Vaccination in Bombay 1856-1862 - 1856-1862
Year: 1856
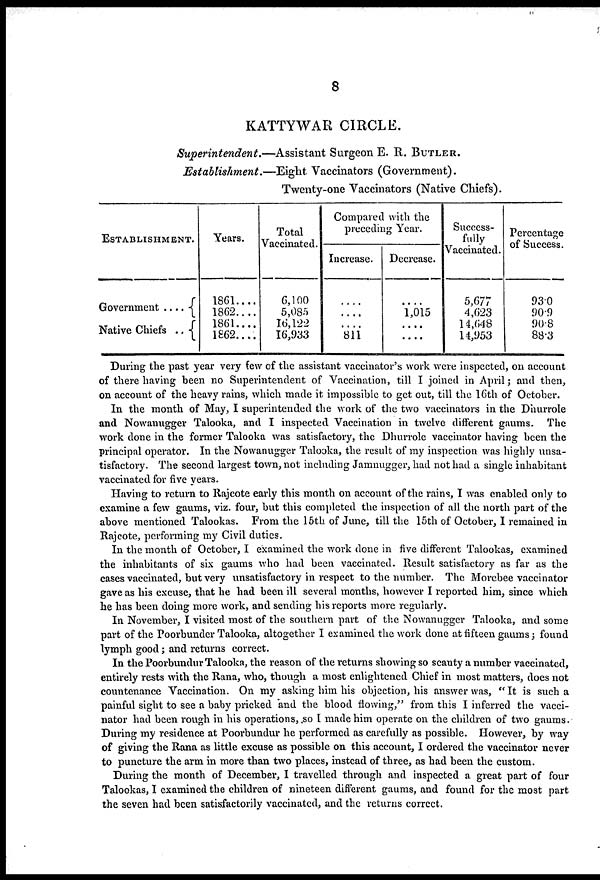
8
KATTYWAR CIRCLE.
Superintendent.—Assistant
Surgeon E. R. BUTLER.
Establishment.—Eight
Vaccinators (Government).
Twenty-one Vaccinators (Native Chiefs).
ESTABLISHMENT.
Government ....
Native Chiefs ..
Years.
1861....
1862....
1861....
1862....
Total
Vaccinated.
6,100
5,085
16,122
16,933
Compared with the
preceding Year.
Increase.
....
....
....
811
Decrease.
....
1,015
....
....
Success-
fully
Vaccinated.
5,677
4,623
14,648
14,953
Percentage
of Success.
93.0
90.9
90.8
88.3
During the past year very few of the assistant vaccinator's work were inspected, on account
of there having been no Superintendent of Vaccination, till I joined in April ; and then,
on account of the heavy rains, which made it impossible to get out, till the 16th of October.
In the month of May, I superintended the work of the two vaccinators in the Dhurrole
and Nowanugger Talooka, and I inspected Vaccination in twelve different gaums. The
work done in the former Talooka was satisfactory, the Dhurrole vaccinator having been the
principal operator. In the Nowanugger Talooka, the result of my inspection was highly unsa-
tisfactory. The second largest town, not including Jamnugger, had not had a single inhabitant
vaccinated for five years.
Having to return to Rajcote early this month on account of the rains, I was enabled only to
examine a few gaums, viz. four, but this completed the inspection of all the north part of the
above mentioned Talookas. From the 15th of June, till the 15th of October, I remained in
Rajcote, performing my Civil duties.
In the month of October, I examined the work done in five different Talookas, examined
the inhabitants of six gaums who had been vaccinated. Result satisfactory as far as the
cases vaccinated, but very unsatisfactory in respect to the number. The Morebee vaccinator
gave as his excuse, that he had been ill several months, however I reported him, since which
he has been doing more work, and sending his reports more regularly.
In November, I visited most of the southern part of the Nowanugger Talooka, and some
part of the Poorbunder Talooka, altogether I examined the work done at fifteen gaums; found
lymph good; and returns correct.
In the Poorbundur Talooka, the reason of the returns showing so scanty a number vaccinated,
entirely rests with the Rana, who, though a most enlightened Chief in most matters, does not
countenance Vaccination. On my asking him his objection, his answer was, "It is such a
painful sight to see a baby pricked "and the blood flowing," from this I inferred the vacci-
nator had been rough in his operations, so I made him operate on the children of two gaums.
During my residence at Poorbundur he performed as carefully as possible. However, by way
of giving the Rana as little excuse as possible on this account, I ordered the vaccinator never
to puncture the arm in more than two places, instead of three, as had been the custom.
During the month of December, I travelled through and inspected a great part of four
Talookas, I examined the children of nineteen different gaums, and found for the most part
the seven had been satisfactorily vaccinated, and the returns correct.